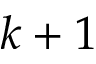
k + 1